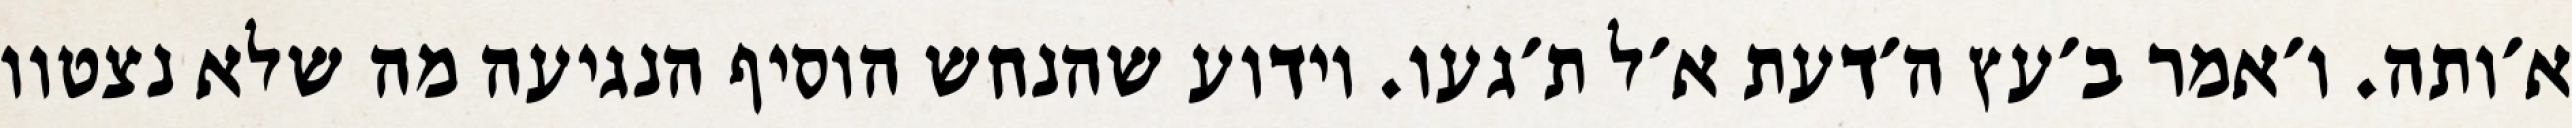
א׳ותה. ו׳אמר ב׳עץ ה׳דעת א׳ל ת׳געו. וידוע שהנחש הוסיף הנגיעה מה שלא נצטוו